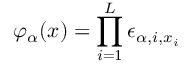
\varphi _ { \alpha } ( x ) = \prod _ { i = 1 } ^ { L } \epsilon _ { \alpha , i , x _ { i } }